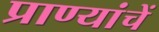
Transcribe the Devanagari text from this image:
प्राण्यांचें